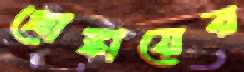
গ্রোঙ্কায়ের